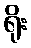
ရိုး